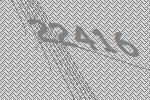
22416